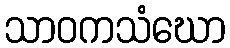
သာဝကသံဃော